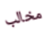
مخالب